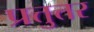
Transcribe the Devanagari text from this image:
प्रत्तुत्तर